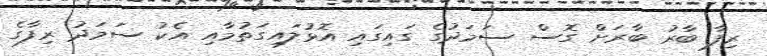
ރިފާ ބާރު ބާރަށް ގޮސް ސަމަދުގެ ގައިގައި އޮޅުލައިގަތުމާއި އެކު ސަމަދު ރިފާގެ